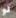
لو